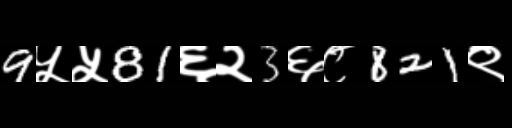
Text: 9५५81६२3६८821९